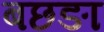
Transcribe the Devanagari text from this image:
बछङा